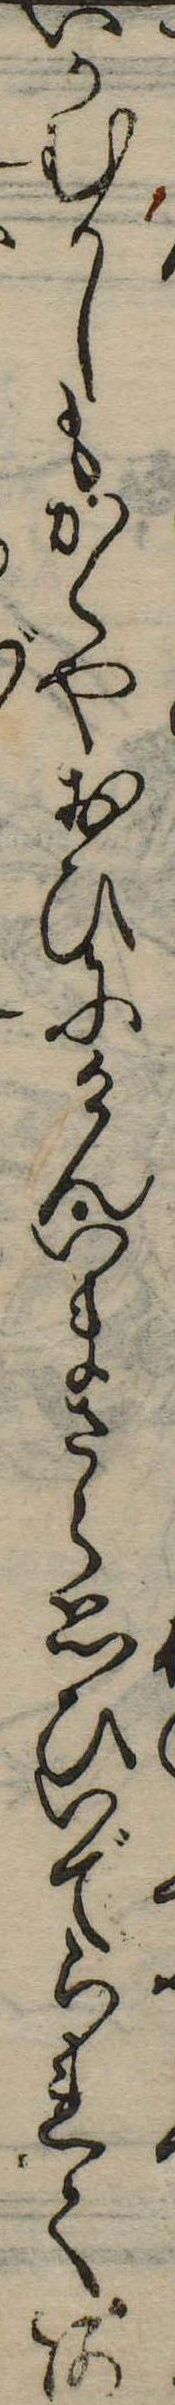
いかむかしもかくやおひにけんいまさら思ひいでられてあ